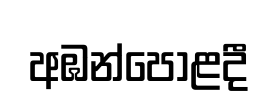
අඹන්පොළදී